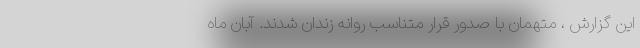
این گزارش ، متهمان با صدور قرار متناسب روانه زندان شدند. آبان ماه